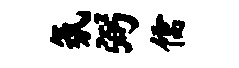
氛弼儒